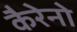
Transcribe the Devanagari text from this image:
कैरेनो